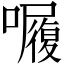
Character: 𭌆